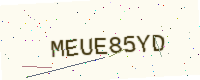
Text: MEUE85YD